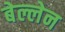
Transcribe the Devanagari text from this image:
बेल्लेन